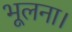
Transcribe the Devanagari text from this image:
भूलना।